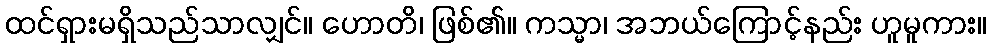
ထင်ရှားမရှိသည်သာလျှင်။ ဟောတိ၊ ဖြစ်၏။ ကသ္မာ၊ အဘယ်ကြောင့်နည်း ဟူမူကား။